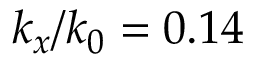
k _ { x } / k _ { 0 } = 0 . 1 4